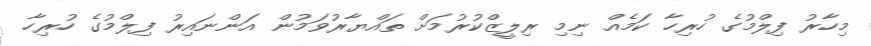
މިހާރު ފިލްމުގެ ހުރިހާ ކަމެއް ނިމި ރިލީޒްކުރުމަށް ތައްޔާރުވަމުން އަންނައިރު ފިލްމުގެ ހުރިހާ